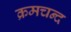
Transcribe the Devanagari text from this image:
क्रमचन्द